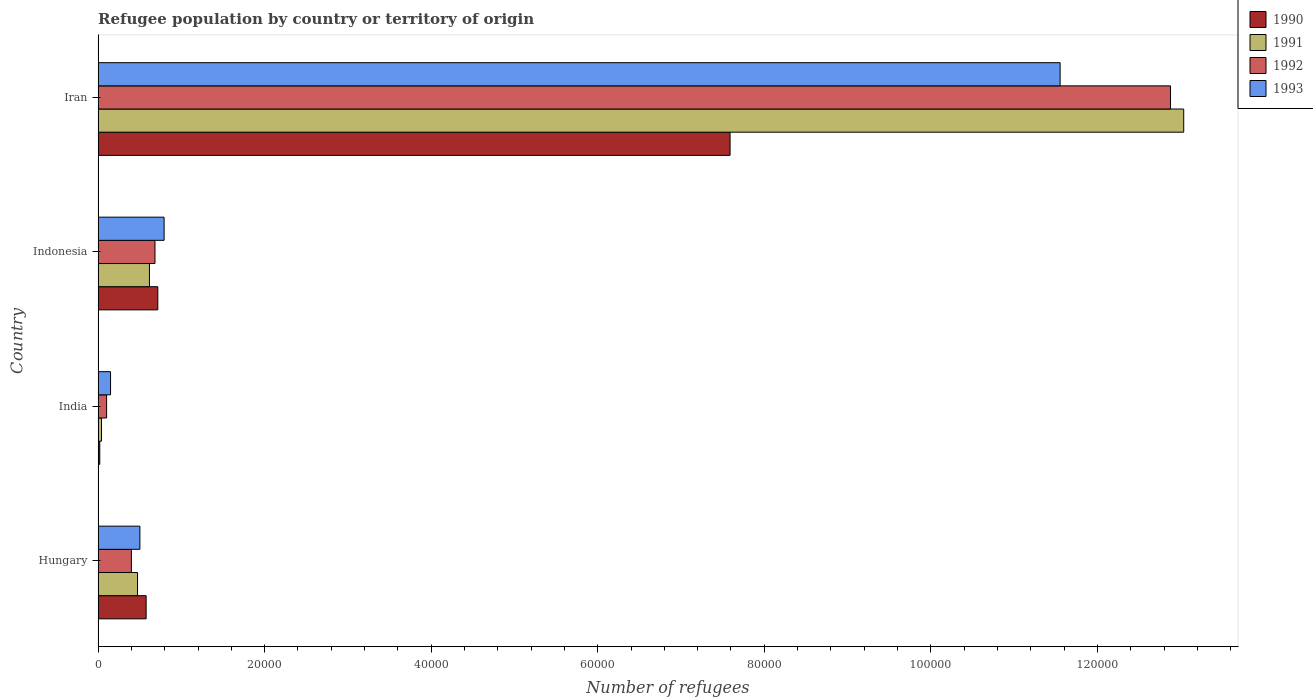
| Country | 1990 | 1991 | 1992 | 1993 |
 | --- | --- | --- | --- | --- |
 | Hungary | 5.77e+03 | 4.73e+03 | 3.99e+03 | 5.02e+03 |
 | India | 198 | 408 | 1.02e+03 | 1.49e+03 |
 | Indonesia | 7.17e+03 | 6.16e+03 | 6.83e+03 | 7.92e+03 |
 | Iran | 7.59e+04 | 1.3e+05 | 1.29e+05 | 1.16e+05 |